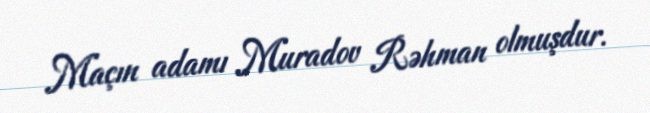
Maçın adamı Muradov Rəhman olmuşdur.